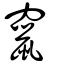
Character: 竄